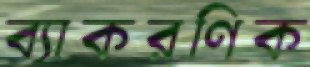
ব্যাকরণিক